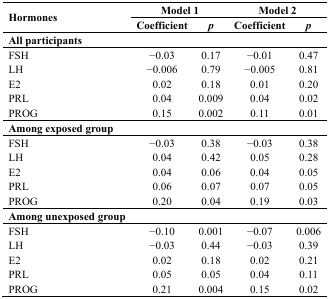
<table><thead><tr><td rowspan="2"><b>Hormones</b></td><td colspan="2"><b>Model 1</b></td><td colspan="2"><b>Model 2</b></td></tr><tr><td><b>Coefficient</b></td><td><b><i>p</i></b></td><td><b>Coefficient</b></td><td><b><i>p</i></b></td></tr></thead><tbody><tr><td><b>All participants</b></td><td></td><td></td><td></td><td></td></tr><tr><td>FSH</td><td>−0.03</td><td>0.17</td><td>−0.01</td><td>0.47</td></tr><tr><td>LH</td><td>−0.006</td><td>0.79</td><td>−0.005</td><td>0.81</td></tr><tr><td>E2</td><td>0.02</td><td>0.18</td><td>0.01</td><td>0.20</td></tr><tr><td>PRL</td><td>0.04</td><td>0.009</td><td>0.04</td><td>0.02</td></tr><tr><td>PROG</td><td>0.15</td><td>0.002</td><td>0.11</td><td>0.01</td></tr><tr><td><b>Among exposed group</b></td><td></td><td></td><td></td><td></td></tr><tr><td>FSH</td><td>−0.03</td><td>0.38</td><td>−0.03</td><td>0.38</td></tr><tr><td>LH</td><td>0.04</td><td>0.42</td><td>0.05</td><td>0.28</td></tr><tr><td>E2</td><td>0.04</td><td>0.06</td><td>0.04</td><td>0.05</td></tr><tr><td>PRL</td><td>0.06</td><td>0.07</td><td>0.07</td><td>0.05</td></tr><tr><td>PROG</td><td>0.20</td><td>0.04</td><td>0.19</td><td>0.03</td></tr><tr><td><b>Among unexposed group</b></td><td></td><td></td><td></td><td></td></tr><tr><td>FSH</td><td>−0.10</td><td>0.001</td><td>−0.07</td><td>0.006</td></tr><tr><td>LH</td><td>−0.03</td><td>0.44</td><td>−0.03</td><td>0.39</td></tr><tr><td>E2</td><td>0.02</td><td>0.18</td><td>0.02</td><td>0.21</td></tr><tr><td>PRL</td><td>0.05</td><td>0.05</td><td>0.04</td><td>0.11</td></tr><tr><td>PROG</td><td>0.21</td><td>0.004</td><td>0.15</td><td>0.02</td></tr></tbody></table>